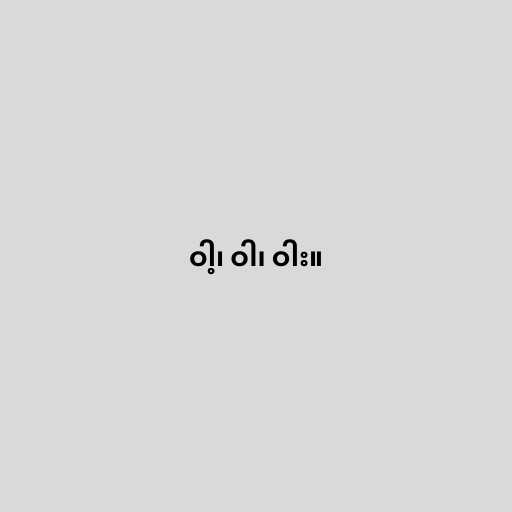
ဝါ့၊ ဝါ၊ ဝါး။